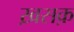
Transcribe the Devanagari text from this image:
ख़सक़